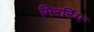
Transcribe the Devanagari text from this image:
मिररिंग